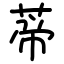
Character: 蒂